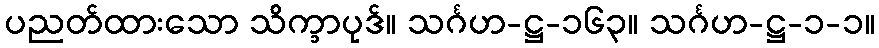
ပညတ်ထားသော သိက္ခာပုဒ်။ သင်္ဂဟ-ဋ္ဌ-၁၆၃။ သင်္ဂဟ-ဋ္ဌ-၁-၁။